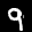
Label: 9